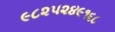
૯૮૨૫૨૪૯૧૬૮